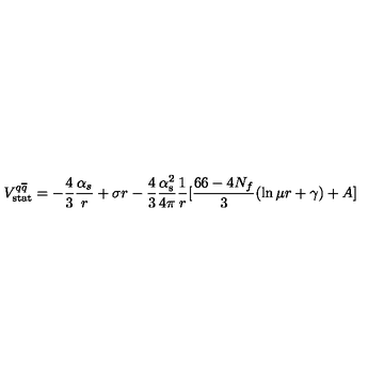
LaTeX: V _ { \mathrm { s t a t } } ^ { q \overline { { q } } } = - \frac { 4 } { 3 } \frac { { \alpha } _ { s } } { r } + \sigma r - { \frac { 4 } { 3 } } { \frac { \alpha _ { \mathrm { s } } ^ { 2 } } { 4 \pi } } { \frac { 1 } { r } } [ { \frac { 6 6 - 4 N _ { f } } { 3 } } ( \ln \mu r + \gamma ) + A ]